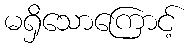
မရှိသောကြောင့်